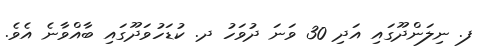
ފ. ނިލަންދޫގައި އަދި 30 ވަނަ ދުވަހު ދ. ކުޑަހުވަދޫގައި ބާއްވާނެ އެވެ.